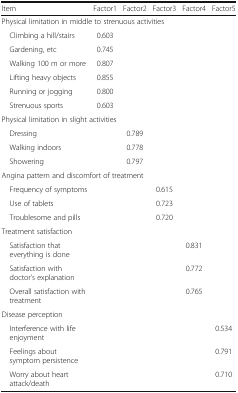
<table><thead><tr><td><b>Item</b></td><td><b>Factor1</b></td><td><b>Factor2</b></td><td><b>Factor3</b></td><td><b>Factor4</b></td><td><b>Factor5</b></td></tr></thead><tbody><tr><td colspan="6">Physical limitation in middle to strenuous activities</td></tr><tr><td> Climbing a hill/stairs</td><td>0.603</td><td></td><td></td><td></td><td></td></tr><tr><td> Gardening, etc</td><td>0.745</td><td></td><td></td><td></td><td></td></tr><tr><td> Walking 100 m or more</td><td>0.807</td><td></td><td></td><td></td><td></td></tr><tr><td> Lifting heavy objects</td><td>0.855</td><td></td><td></td><td></td><td></td></tr><tr><td> Running or jogging</td><td>0.800</td><td></td><td></td><td></td><td></td></tr><tr><td> Strenuous sports</td><td>0.603</td><td></td><td></td><td></td><td></td></tr><tr><td colspan="6">Physical limitation in slight activities</td></tr><tr><td> Dressing</td><td></td><td>0.789</td><td></td><td></td><td></td></tr><tr><td> Walking indoors</td><td></td><td>0.778</td><td></td><td></td><td></td></tr><tr><td> Showering</td><td></td><td>0.797</td><td></td><td></td><td></td></tr><tr><td colspan="6">Angina pattern and discomfort of treatment</td></tr><tr><td> Frequency of symptoms</td><td></td><td></td><td>0.615</td><td></td><td></td></tr><tr><td> Use of tablets</td><td></td><td></td><td>0.723</td><td></td><td></td></tr><tr><td> Troublesome and pills</td><td></td><td></td><td>0.720</td><td></td><td></td></tr><tr><td colspan="6">Treatment satisfaction</td></tr><tr><td> Satisfaction that everything is done</td><td></td><td></td><td></td><td>0.831</td><td></td></tr><tr><td> Satisfaction with doctor’s explanation</td><td></td><td></td><td></td><td>0.772</td><td></td></tr><tr><td> Overall satisfaction with treatment</td><td></td><td></td><td></td><td>0.765</td><td></td></tr><tr><td colspan="6">Disease perception</td></tr><tr><td> Interference with life enjoyment</td><td></td><td></td><td></td><td></td><td>0.534</td></tr><tr><td> Feelings about symptom persistence</td><td></td><td></td><td></td><td></td><td>0.791</td></tr><tr><td> Worry about heart attack/death</td><td></td><td></td><td></td><td></td><td>0.710</td></tr></tbody></table>